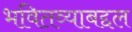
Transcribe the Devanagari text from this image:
भवितव्याबद्दल